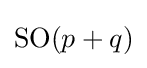
\mathrm {SO} (p+q)